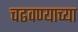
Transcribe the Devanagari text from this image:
चढवण्याच्या